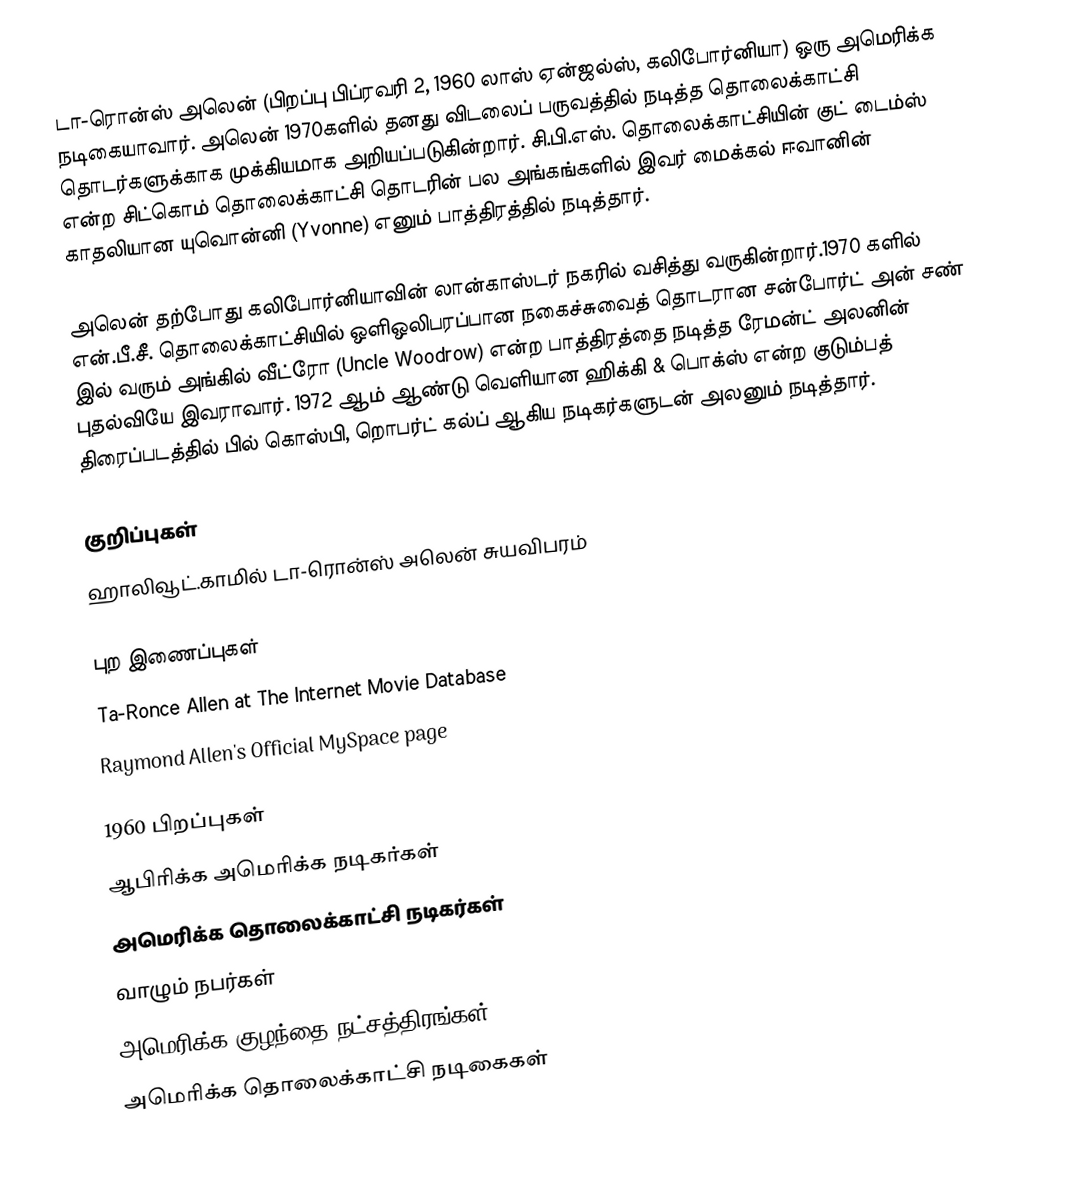
டா-ரொன்ஸ் அலென் (பிறப்பு பிப்ரவரி 2, 1960 லாஸ் ஏன்ஜல்ஸ், கலிபோர்னியா) ஒரு அமெரிக்க நடிகையாவார். அலென் 1970களில் தனது விடலைப் பருவத்தில் நடித்த தொலைக்காட்சி தொடர்களுக்காக முக்கியமாக அறியப்படுகின்றார். சி.பி.எஸ். தொலைக்காட்சியின் குட் டைம்ஸ் என்ற சிட்கொம் தொலைக்காட்சி தொடரின் பல அங்கங்களில் இவர் மைக்கல் ஈவானின் காதலியான யுவொன்னி (Yvonne) எனும் பாத்திரத்தில் நடித்தார்.

அலென் தற்போது கலிபோர்னியாவின் லான்காஸ்டர் நகரில் வசித்து வருகின்றார்.1970 களில் என்.பீ.சீ. தொலைக்காட்சியில் ஒளிஒலிபரப்பான நகைச்சுவைத் தொடரான சன்போர்ட் அன் சண் இல் வரும் அங்கில் வீட்ரோ (Uncle Woodrow) என்ற பாத்திரத்தை நடித்த ரேமன்ட் அலனின் புதல்வியே இவராவார். 1972 ஆம் ஆண்டு வெளியான ஹிக்கி & பொக்ஸ் என்ற குடும்பத் திரைப்படத்தில் பில் கொஸ்பி, றொபர்ட் கல்ப் ஆகிய நடிகர்களுடன் அலனும் நடித்தார்.

குறிப்புகள்
 ஹாலிவூட்.காமில் டா-ரொன்ஸ் அலென் சுயவிபரம்

புற இணைப்புகள்
 Ta-Ronce Allen at The Internet Movie Database
 Raymond Allen's Official MySpace page

1960 பிறப்புகள்
ஆபிரிக்க அமெரிக்க நடிகர்கள்
அமெரிக்க தொலைக்காட்சி நடிகர்கள்
வாழும் நபர்கள்
அமெரிக்க குழந்தை நட்சத்திரங்கள்
அமெரிக்க தொலைக்காட்சி நடிகைகள்